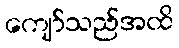
ကျော်သည်အထိ